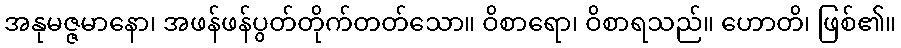
အနုမဇ္ဇမာနော၊ အဖန်ဖန်ပွတ်တိုက်တတ်သော။ ဝိစာရော၊ ဝိစာရသည်။ ဟောတိ၊ ဖြစ်၏။